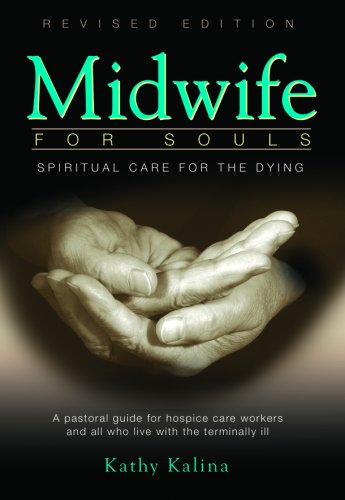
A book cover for Midwife for Souls: Spiritual Care for the Dying; Kathy Kalina; Self-Help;